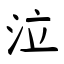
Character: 泣